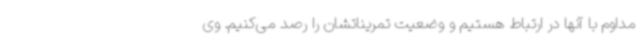
مداوم با آنها در ارتباط هستیم و وضعیت تمریناتشان را رصد می‌کنیم. وی